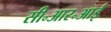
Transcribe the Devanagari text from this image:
सी॰आर॰आई